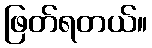
ဖြတ်ရတယ်။